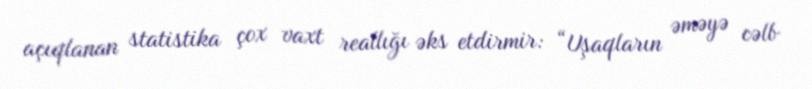
açıqlanan statistika çox vaxt reallığı əks etdirmir: “Uşaqların əməyə cəlb